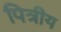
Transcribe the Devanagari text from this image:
पित्रीय